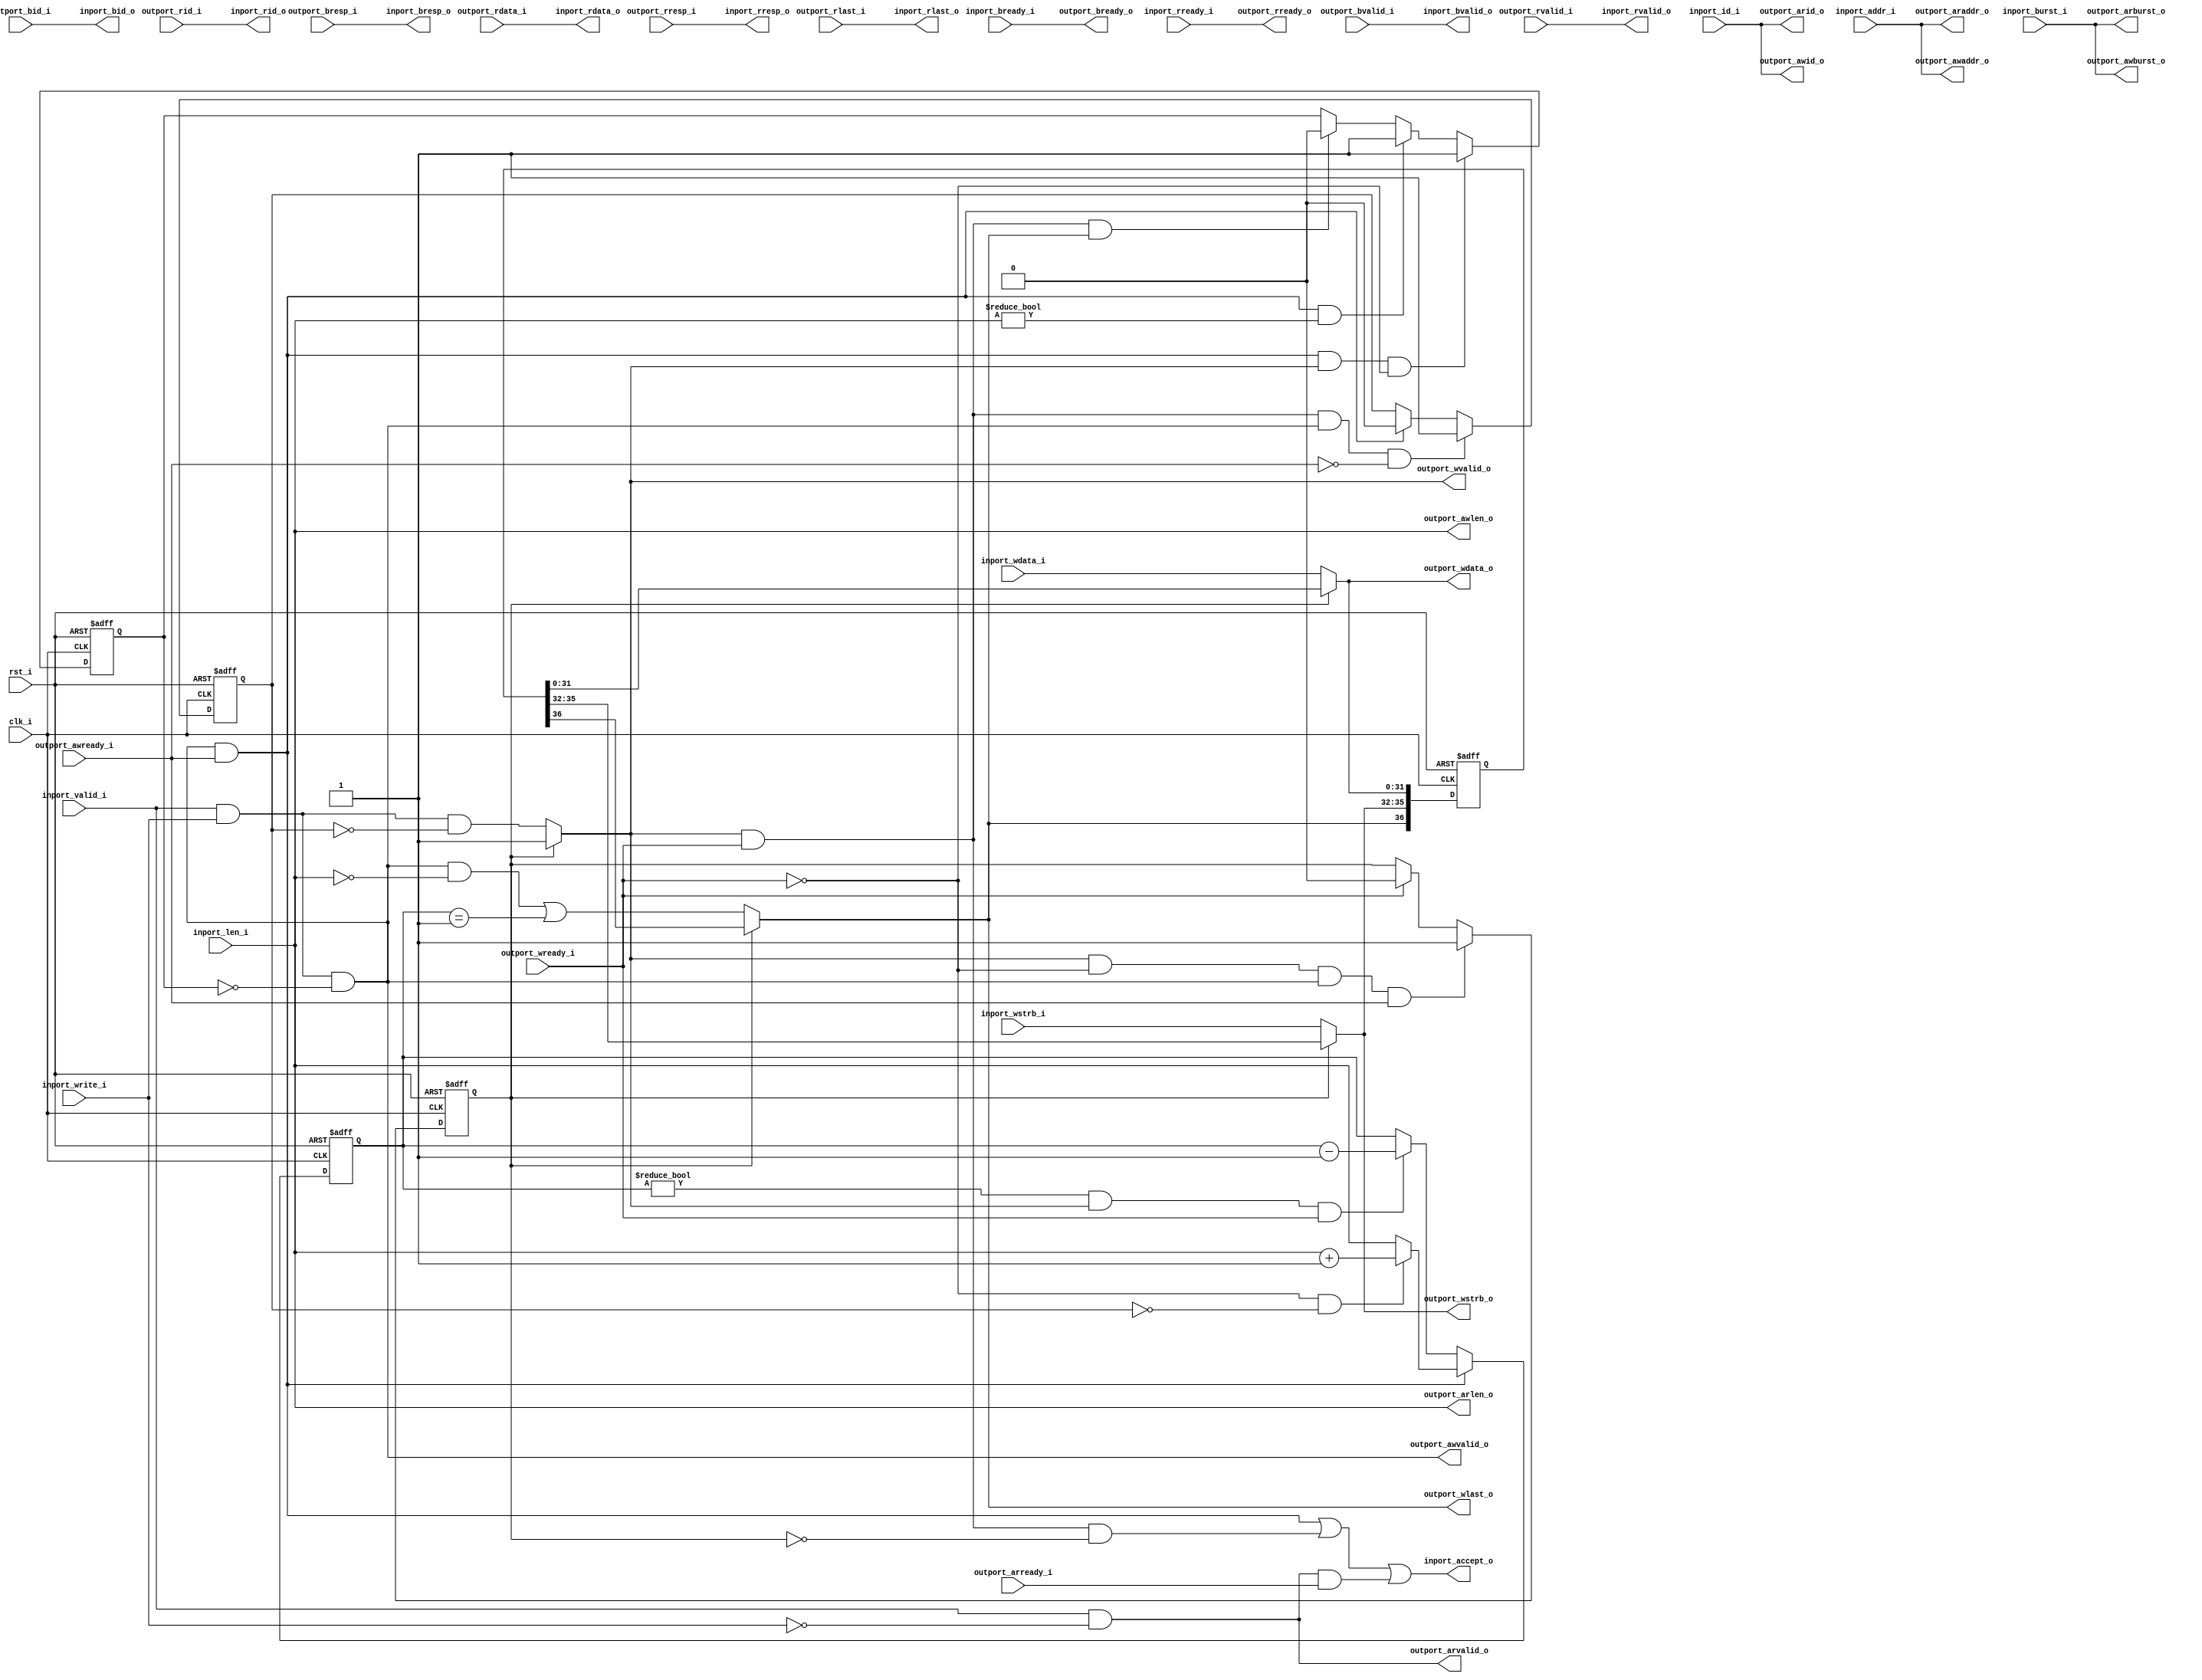
// This program was cloned from: https://github.com/ultraembedded/biriscv
// License: Apache License 2.0

//-----------------------------------------------------------------
//                         biRISC-V CPU
//                            V0.6.0
//                     Ultra-Embedded.com
//                     Copyright 2019-2020
//
//                   admin@ultra-embedded.com
//
//                     License: Apache 2.0
//-----------------------------------------------------------------
// Copyright 2020 Ultra-Embedded.com
// 
// Licensed under the Apache License, Version 2.0 (the "License");
// you may not use this file except in compliance with the License.
// You may obtain a copy of the License at
// 
//     http://www.apache.org/licenses/LICENSE-2.0
// 
// Unless required by applicable law or agreed to in writing, software
// distributed under the License is distributed on an "AS IS" BASIS,
// WITHOUT WARRANTIES OR CONDITIONS OF ANY KIND, either express or implied.
// See the License for the specific language governing permissions and
// limitations under the License.
//-----------------------------------------------------------------

module dcache_axi_axi
(
    // Inputs
     input           clk_i
    ,input           rst_i
    ,input           inport_valid_i
    ,input           inport_write_i
    ,input  [ 31:0]  inport_addr_i
    ,input  [  3:0]  inport_id_i
    ,input  [  7:0]  inport_len_i
    ,input  [  1:0]  inport_burst_i
    ,input  [ 31:0]  inport_wdata_i
    ,input  [  3:0]  inport_wstrb_i
    ,input           inport_bready_i
    ,input           inport_rready_i
    ,input           outport_awready_i
    ,input           outport_wready_i
    ,input           outport_bvalid_i
    ,input  [  1:0]  outport_bresp_i
    ,input  [  3:0]  outport_bid_i
    ,input           outport_arready_i
    ,input           outport_rvalid_i
    ,input  [ 31:0]  outport_rdata_i
    ,input  [  1:0]  outport_rresp_i
    ,input  [  3:0]  outport_rid_i
    ,input           outport_rlast_i

    // Outputs
    ,output          inport_accept_o
    ,output          inport_bvalid_o
    ,output [  1:0]  inport_bresp_o
    ,output [  3:0]  inport_bid_o
    ,output          inport_rvalid_o
    ,output [ 31:0]  inport_rdata_o
    ,output [  1:0]  inport_rresp_o
    ,output [  3:0]  inport_rid_o
    ,output          inport_rlast_o
    ,output          outport_awvalid_o
    ,output [ 31:0]  outport_awaddr_o
    ,output [  3:0]  outport_awid_o
    ,output [  7:0]  outport_awlen_o
    ,output [  1:0]  outport_awburst_o
    ,output          outport_wvalid_o
    ,output [ 31:0]  outport_wdata_o
    ,output [  3:0]  outport_wstrb_o
    ,output          outport_wlast_o
    ,output          outport_bready_o
    ,output          outport_arvalid_o
    ,output [ 31:0]  outport_araddr_o
    ,output [  3:0]  outport_arid_o
    ,output [  7:0]  outport_arlen_o
    ,output [  1:0]  outport_arburst_o
    ,output          outport_rready_o
);



//-------------------------------------------------------------
// Write Request
//-------------------------------------------------------------
reg awvalid_inhibit_q;
reg wvalid_inhibit_q;

always @ (posedge clk_i or posedge rst_i)
if (rst_i)
    awvalid_inhibit_q <= 1'b0;
else if (outport_awvalid_o && outport_awready_i && outport_wvalid_o && !outport_wready_i)
    awvalid_inhibit_q <= 1'b1;
else if (outport_awvalid_o && outport_awready_i && outport_awlen_o != 8'b0)
    awvalid_inhibit_q <= 1'b1;
else if (outport_wvalid_o && outport_wready_i && outport_wlast_o)
    awvalid_inhibit_q <= 1'b0;

always @ (posedge clk_i or posedge rst_i)
if (rst_i)
    wvalid_inhibit_q <= 1'b0;
else if (outport_wvalid_o && outport_wready_i && outport_awvalid_o && !outport_awready_i)
    wvalid_inhibit_q <= 1'b1;
else if (outport_awvalid_o && outport_awready_i)
    wvalid_inhibit_q <= 1'b0;

assign outport_awvalid_o = (inport_valid_i & inport_write_i & ~awvalid_inhibit_q);
assign outport_awaddr_o  = inport_addr_i;
assign outport_awid_o    = inport_id_i;
assign outport_awlen_o   = inport_len_i;
assign outport_awburst_o = inport_burst_i;

//-------------------------------------------------------------
// Write burst tracking
//-------------------------------------------------------------
reg  [7:0] req_cnt_q;

always @ (posedge clk_i or posedge rst_i)
if (rst_i)
    req_cnt_q <= 8'b0;
else if (outport_awvalid_o && outport_awready_i)
begin
    // First data not accepted yet
    if (!outport_wready_i && !wvalid_inhibit_q)
        req_cnt_q <= (outport_awlen_o + 8'd1);
    // First data already accepted
    else
        req_cnt_q <= outport_awlen_o;
end
else if (req_cnt_q != 8'd0 && outport_wvalid_o && outport_wready_i)
    req_cnt_q <= req_cnt_q - 8'd1;

wire wlast_w = (outport_awvalid_o && outport_awlen_o == 8'b0) || (req_cnt_q == 8'd1);

//-------------------------------------------------------------
// Write data skid buffer
//-------------------------------------------------------------
reg buf_valid_q;
always @ (posedge clk_i or posedge rst_i)
if (rst_i)
    buf_valid_q <= 1'b0;
else if (outport_wvalid_o && !outport_wready_i && outport_awvalid_o && outport_awready_i)
    buf_valid_q <= 1'b1;
else if (outport_wready_i)
    buf_valid_q <= 1'b0;

reg [36:0] buf_q;
always @ (posedge clk_i or posedge rst_i)
if (rst_i)
    buf_q <= 37'b0;
else
    buf_q <= {outport_wlast_o, outport_wstrb_o, outport_wdata_o};

assign outport_wvalid_o  = buf_valid_q ? 1'b1 : (inport_valid_i & inport_write_i & ~wvalid_inhibit_q);
assign outport_wdata_o   = buf_valid_q ? buf_q[31:0]  : inport_wdata_i;
assign outport_wstrb_o   = buf_valid_q ? buf_q[35:32] : inport_wstrb_i;
assign outport_wlast_o   = buf_valid_q ? buf_q[36:36] : wlast_w;

assign inport_bvalid_o   = outport_bvalid_i;
assign inport_bresp_o    = outport_bresp_i;
assign inport_bid_o      = outport_bid_i;
assign outport_bready_o  = inport_bready_i;

//-------------------------------------------------------------
// Read Request
//-------------------------------------------------------------
assign outport_arvalid_o = inport_valid_i & ~inport_write_i;
assign outport_araddr_o  = inport_addr_i;
assign outport_arid_o    = inport_id_i;
assign outport_arlen_o   = inport_len_i;
assign outport_arburst_o = inport_burst_i;
assign outport_rready_o  = inport_rready_i;

assign inport_rvalid_o   = outport_rvalid_i;
assign inport_rdata_o    = outport_rdata_i;
assign inport_rresp_o    = outport_rresp_i;
assign inport_rid_o      = outport_rid_i;
assign inport_rlast_o    = outport_rlast_i;

//-------------------------------------------------------------
// Accept logic
//-------------------------------------------------------------
assign inport_accept_o   = (outport_awvalid_o && outport_awready_i) || 
                           (outport_wvalid_o  && outport_wready_i && !buf_valid_q)  ||
                           (outport_arvalid_o && outport_arready_i);


endmodule